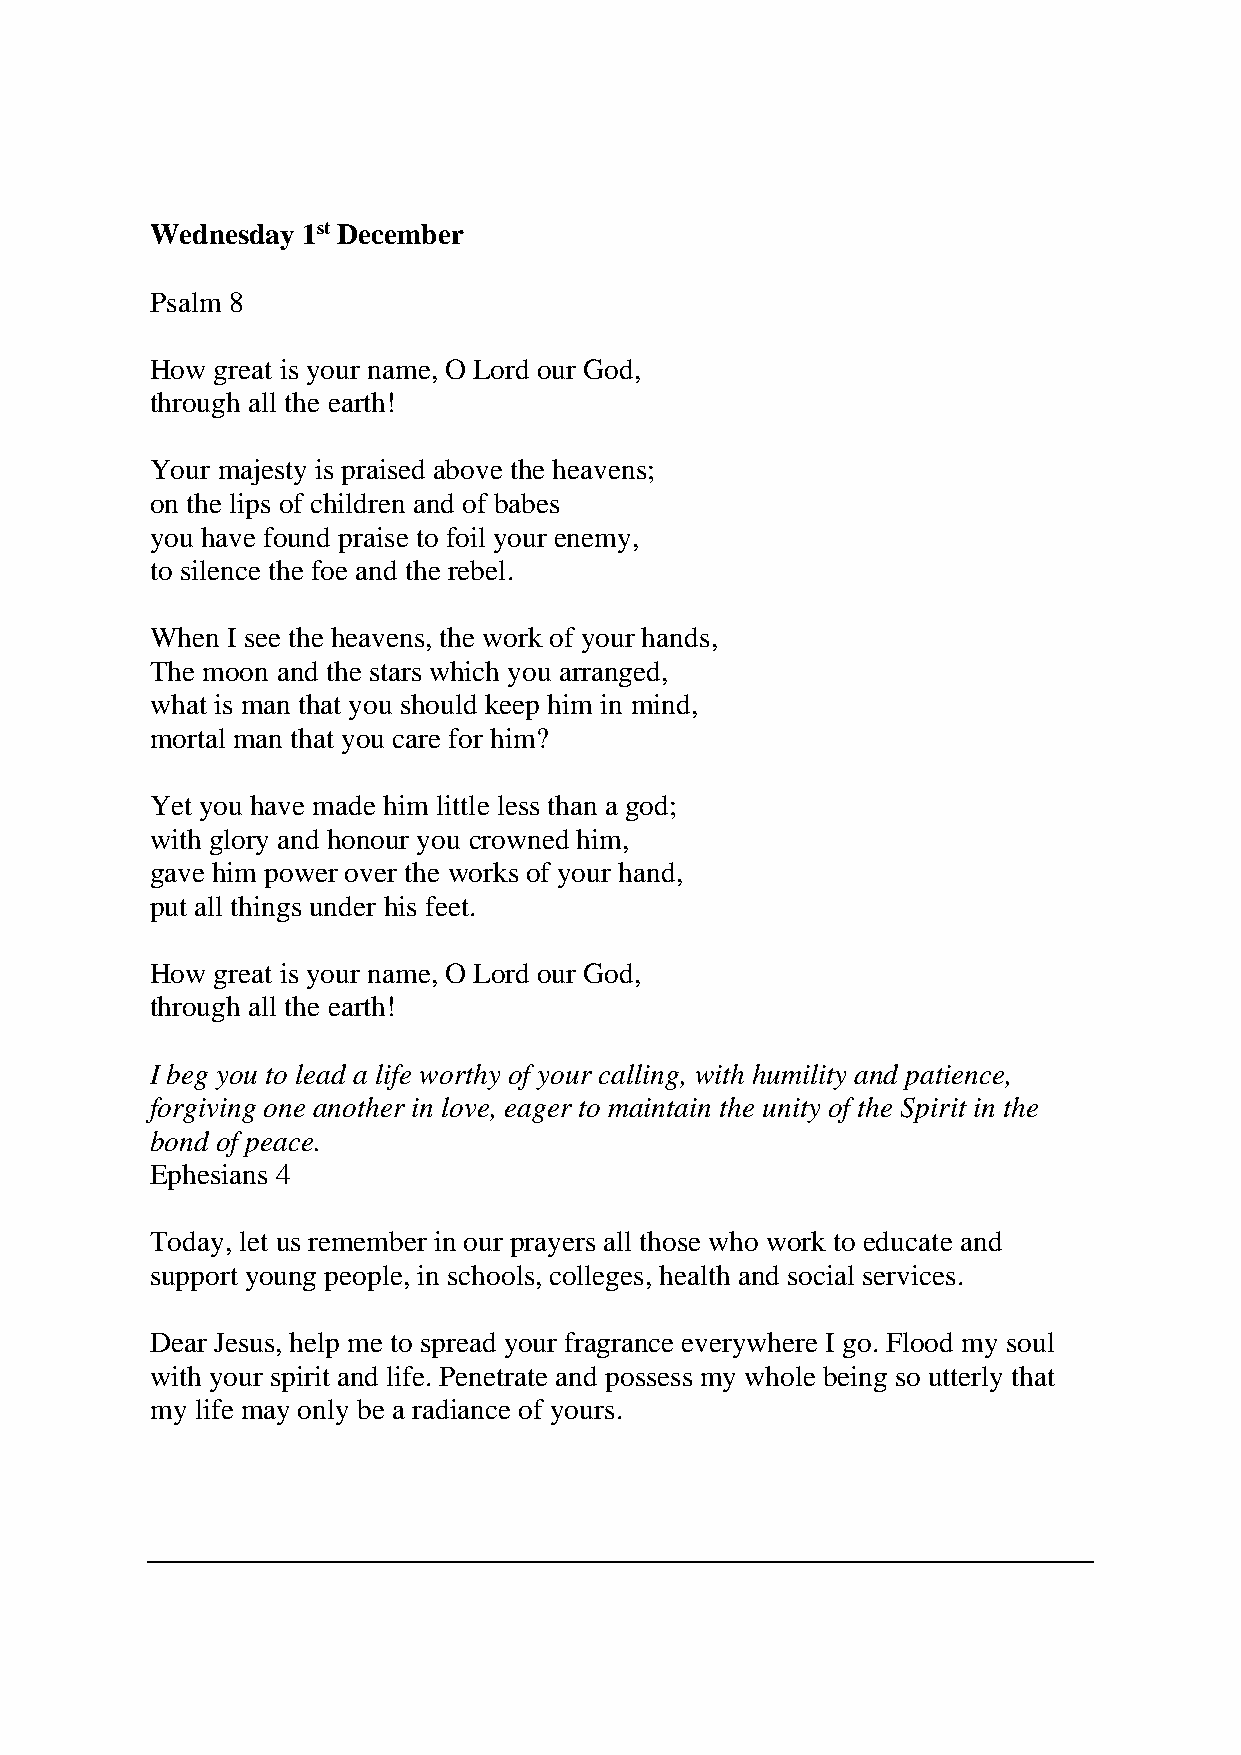
Wednesday 1st December
 Psalm 8
 How great is your name, O Lord our God,
 through all the earth!
 Your majesty is praised above the heavens;
 on the lips of children and of babes
 you have found praise to foil your enemy,
 to silence the foe and the rebel.
 When I see the heavens, the work of your hands,
 The moon and the stars which you arranged,
 what is man that you should keep him in mind,
 mortal man that you care for him?
 Yet you have made him little less than a god;
 with glory and honour you crowned him,
 gave him power over the works of your hand,
 put all things under his feet.
 How great is your name, O Lord our God,
 through all the earth!
 I beg you to lead a life worthy of your calling, with humility and patience,
 forgiving one another in love, eager to maintain the unity of the Spirit in the
 bond of peace.
 Ephesians 4
 Today, let us remember in our prayers all those who work to educate and
 support young people, in schools, colleges, health and social services.
 Dear Jesus, help me to spread your fragrance everywhere I go. Flood my soul
 with your spirit and life. Penetrate and possess my whole being so utterly that
 my life may only be a radiance of yours.